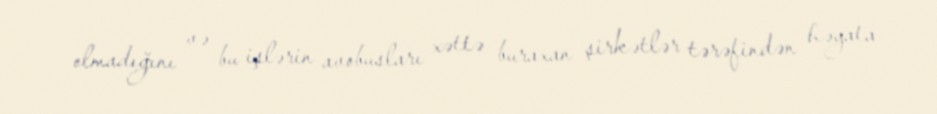
olmadığını və bu işlərin avobusları xəttə buraxan şirkətlər tərəfindən həyata